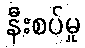
နီးစပ်မှု